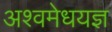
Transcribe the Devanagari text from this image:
अश्वमेधयज्ञ